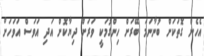
އެހެން ގޮތަކަށް ބުނާނަމަ ބޭރަށް ހިންގުމަކީ ވަރަށް ދިޔާކޮށް އަދި އަވަސް އަވަހަށް